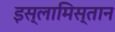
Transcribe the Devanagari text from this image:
इस्लामिस्तान